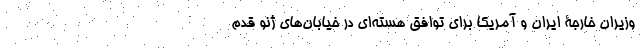
وزیران خارجۀ ایران و آمریکا برای توافق هسته‌ای در خیابان‌های ژنو قدم